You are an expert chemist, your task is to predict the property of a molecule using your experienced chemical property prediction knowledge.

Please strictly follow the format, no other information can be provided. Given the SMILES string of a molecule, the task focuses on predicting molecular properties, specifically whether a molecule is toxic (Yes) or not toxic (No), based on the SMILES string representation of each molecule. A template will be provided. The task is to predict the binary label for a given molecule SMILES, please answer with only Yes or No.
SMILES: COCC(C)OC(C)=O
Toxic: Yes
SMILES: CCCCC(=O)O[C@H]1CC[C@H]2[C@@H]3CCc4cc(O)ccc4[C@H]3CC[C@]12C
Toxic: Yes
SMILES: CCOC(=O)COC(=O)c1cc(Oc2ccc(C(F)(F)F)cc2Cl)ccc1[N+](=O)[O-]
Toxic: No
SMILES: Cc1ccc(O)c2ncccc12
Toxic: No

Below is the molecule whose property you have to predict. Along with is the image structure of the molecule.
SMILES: Cc1ccc(S(=O)(=O)Oc2ccc(N=Nc3ccc(-c4ccc(N=Nc5c(O)ccc6cc(S(=O)(=O)[O-])cc(S(=O)(=O)[O-])c56)c(C)c4)cc3C)cc2)cc1
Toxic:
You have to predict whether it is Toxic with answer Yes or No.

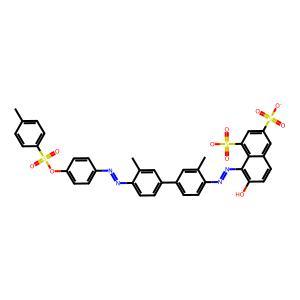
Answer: No